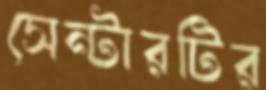
সেন্টারটির